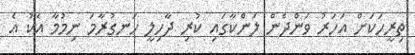
ތިރީހަކަށް އަހަރު ވަންދެން ލަންކާގައި ކުރި ދާހިލީ ހަނގުރާމަ ނިމުމާ އެކު އެ